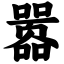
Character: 嚣